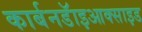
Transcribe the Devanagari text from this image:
कार्बनडॅाइआक्साइड